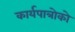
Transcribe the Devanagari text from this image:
कार्यपात्रोको